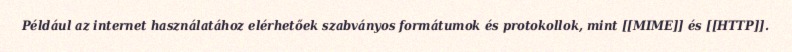
Például az internet használatához elérhetőek szabványos formátumok és protokollok, mint [[MIME]] és [[HTTP]].